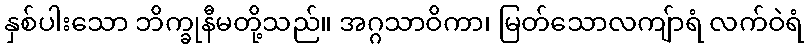
နှစ်ပါးသော ဘိက္ခုနီမတို့သည်။ အဂ္ဂသာဝိကာ၊ မြတ်သောလကျ်ာရံ လက်ဝဲရံ